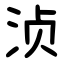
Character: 浈